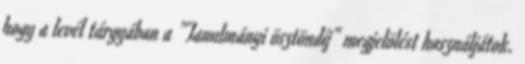
hogy a levél tárgyában a "Tanulmányi ösztöndíj" megjelölést használjátok.